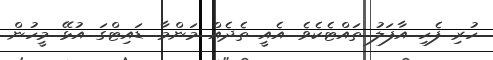
ހުރި ފެހި އާފަލު ތައްޓެކެވެ. އެއީ ތެދެއް މަންމާ. ޑައިޓްގަ އުޅޭ މީހުން